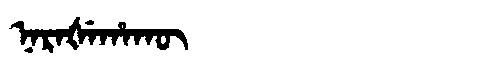
Manchu: ᠨᠠᡵᠠᡧᡝᡥᠠᡴᡡ
Romanization: NARAŠEHAKŪ